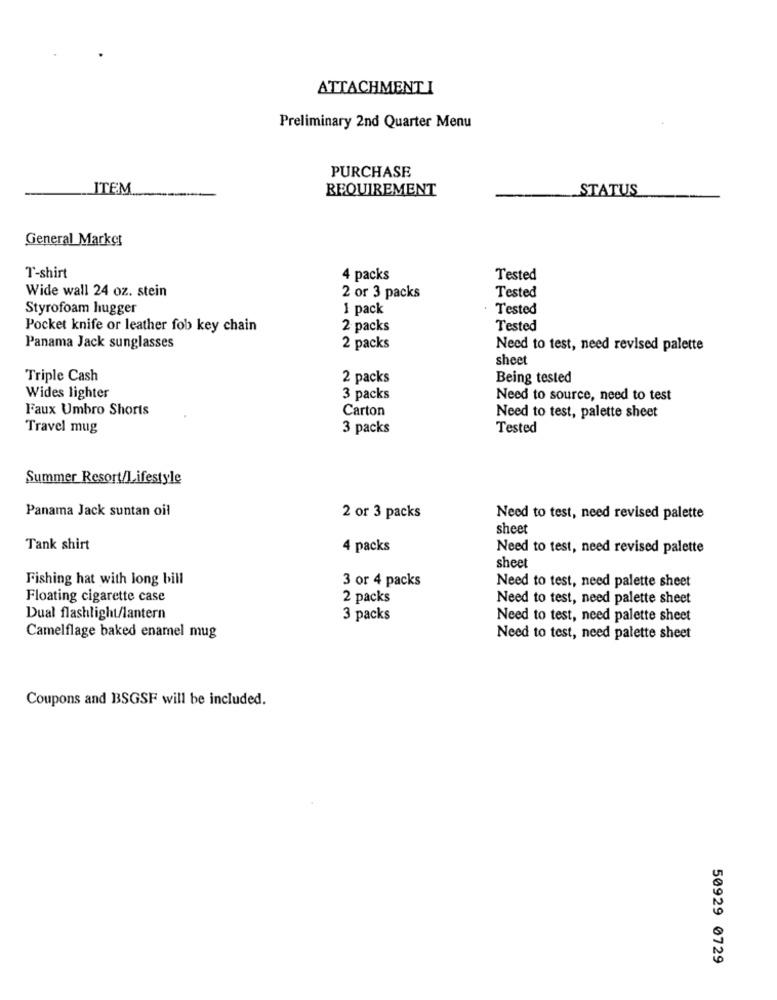
ATTACHMENT I
Preliminary 2nd Quarter Menu
PURCHASE
ITEM
REQUIREMENT
STATUS
General Market
T-shirt
4 packs
Tested
Wide wall 24 oz. stein
2 or 3 packs
Tested
Styrofoam hugger
1 pack
Tested
Pocket knife or leather fob key chain
2 packs
Tested
Panama Jack sunglasses
2 packs
Need to test, need revised palette
sheet
Triple Cash
2 packs
Being tested
Wides lighter
3 packs
Need to source, need to test
Faux Umbro Shorts
Carton
Need to test, palette sheet
Travel mug
3 packs
Tested
Summer Resort/Lifestyle
Panama Jack suntan oil
2 or 3 packs
Need to test, need revised palette
sheet
Tank shirt
4 packs
Need to test, need revised palette
sheet
Fishing hat with long bill
3 or 4 packs
Need to test, need palette sheet
Floating cigarette case
2 packs
Need to test, need palette sheet
Dual flashlight/lantern
3 packs
Need to test, need palette sheet
Camelflage baked enamel mug
Need to test, need palette sheet
Coupons and BSGSF will be included.
50929 0729